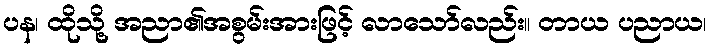
ပန၊ ထိုသို့ အညာ၏အစွမ်းအားဖြင့် လာသော်လည်း။ တာယ ပညာယ၊